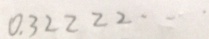
0 . 3 2 2 2 2 \cdots